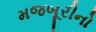
મજબૂરીનો